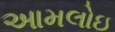
આમલોઇ